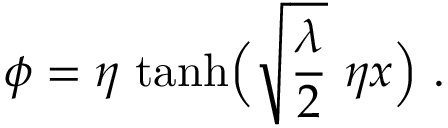
\phi = \eta \ { \operatorname { t a n h } } \Bigl ( \sqrt { \frac { \lambda } { 2 } } \ \eta x \Bigr ) \ .